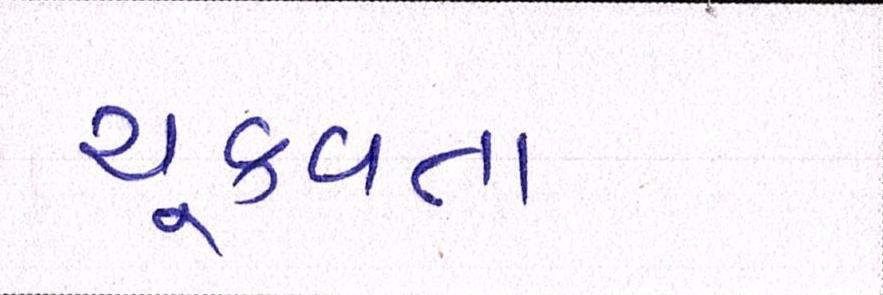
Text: ચૂકવતા